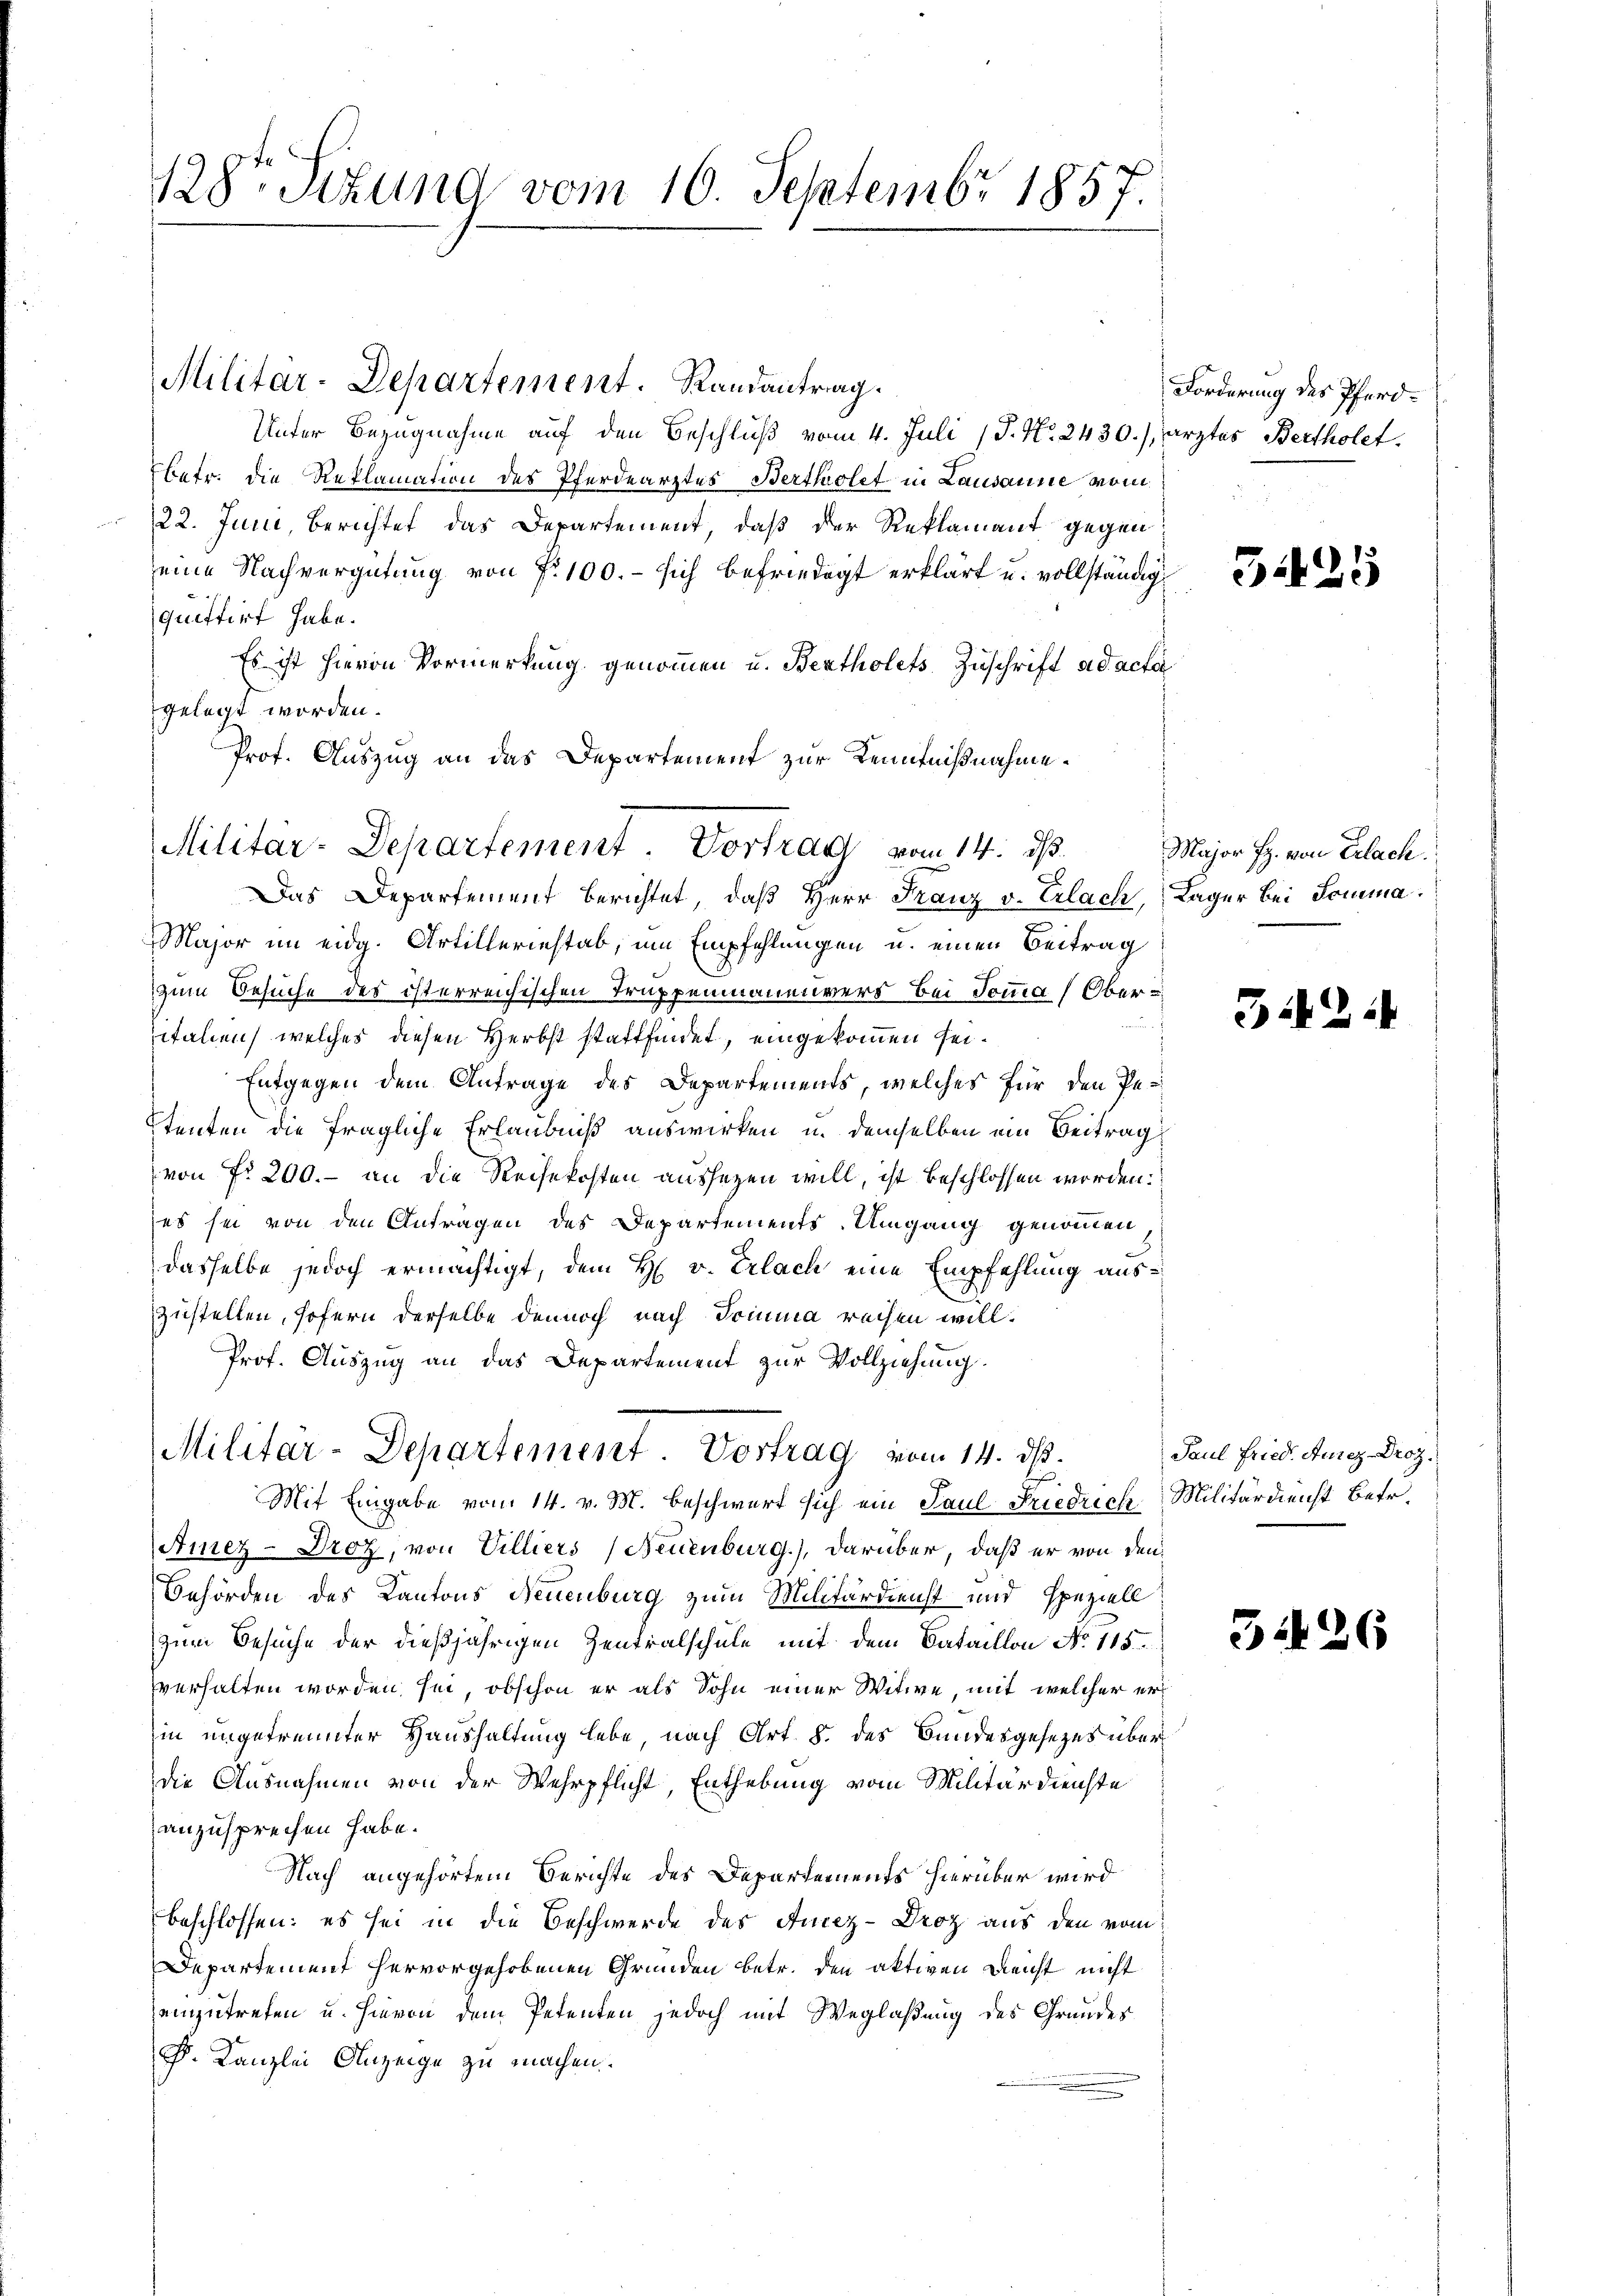
Unter Bezugnahme auf den Beschluß vom 4. Juli (P. Nr. 2430./ arztes Bertholetbetr. die Reklamation des Pferdearztes Bertholet in Lausanne vom
122. Juni, Berichtet das Departement, daß der Reklamant gegen
eine Nachvergütung von fr. 100. - sich befriedigt erklärt u. vollständigquittirt habe.
Es ist hievon Vormerkung genommen u. Bertholets Zuschrift ad acta
gelegt worden.
Prof. Auszug an das Departement zur Kenntnißnahme.

128ten Sizung vom 16. Septembr 1857.

Militar-Departement. Randantrag.

Militar-Departement Vortrag vom 14. ds.

Das Departement berichtet, daß Herr Franz v. Erlach, Lager bei Somma
Major im eidg. Artilleriestab, um Empfehlungen u. einen Beitrag
zum Besuche des österreichischen Truppenmanenvers bei domma (Obertalien, welches diesen Herbst stattfindet, eingekommen sei.
Entgegen dem Antrage des Departements, welches für den Petenten die fragliche Erlaubniß auswirken u. demselben ein Beitrag
von Nr. 200.- an die Reisekosten aussezen will, ist beschlossen worden.
es sei von den Anträgen des Departements-Umgang genommen,
dasselbe jedoch ermächtigt, dem H v. Erlach eine Empfehlung auszustellen, sofern derselbe dennoch nach Domina reisen will.
Prof. Auszug an das Departement zur Vollziehung.

Militar-Departement. Vortrag vom 14. ds.
l
Mit Eingabe vom 14. v. M. beschwert sich ein Paul Friedrich Militärdienst Betr.

Amez-Droz, von Villiers (Neuenburg), darüber, daß er von den
Behörden des Kantons Neuenburg zum Militärdienst und speziell
zum Besuche der dießjährigen Zentralschule mit dem Bataillon No 115.
verhalten worden sei, obschon er als Sohn einer Witwe, mit welcher erin ungetrennter Haushaltung lebe nach Art. 8. des Bundesgesezes überdie Ausnahmen von der Wehrpflicht, Enthebung vom Militärdienste
anzusprechen habe.
Nach angehörtem Berichte des Departements hierüber wird
beschlossen: es sei in die Beschwerde des Ancez-Droz aus den vom
Departement hervorgehobenen Gründen betr. den aktiven Reicht nicht
einzutreten u. hievon dem Petenten jedoch mit Weglaßung des Grundes
F. Kanzlei Anzeige zu machen.

Forderung des Pferd¬

5425

32

Major J. von Erlach.

h

Paul Fried. Aurez Droz.

51126